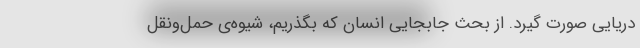
دریایی صورت گیرد. از بحث جابجایی انسان که بگذریم، شیوه‌ی حمل‌ونقل